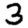
Digit: 3